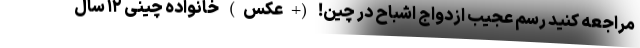
مراجعه کنید رسم عجیب ازدواج اشباح در چین! (+عکس) خانواده چینی ۱۲ سال